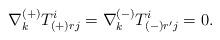
LaTeX: \begin{align*}\nabla_{k}^{(+)} T^{i}_{(+)rj} =\nabla^{(-)}_k T^{i}_{(-)r'j} =0 .\end{align*}